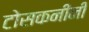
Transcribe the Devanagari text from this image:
टोसकनीनी